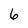
Character: 6